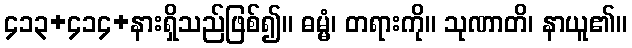
၄၁၃+၄၁၄+နားရှိသည်ဖြစ်၍။ ဓမ္မံ၊ တရားကို။ သုဏာတိ၊ နာယူ၏။